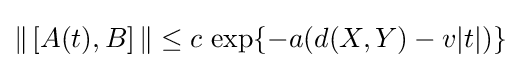
\|\,[A(t),B]\,\|\leq c\,\exp\{-a(d(X,Y)-v|t|)\}